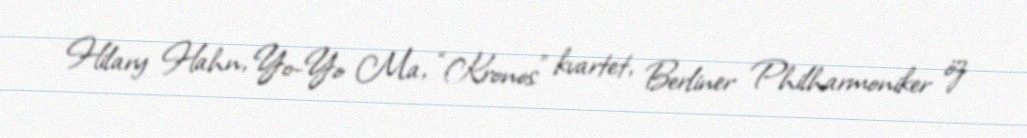
Hilary Hahn, Yo-Yo Ma, “Kronos” kvartet, Berliner Philharmoniker öz